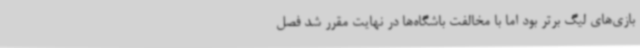
بازی‌های لیگ برتر بود اما با مخالفت باشگاه‌ها در نهایت مقرر شد فصل